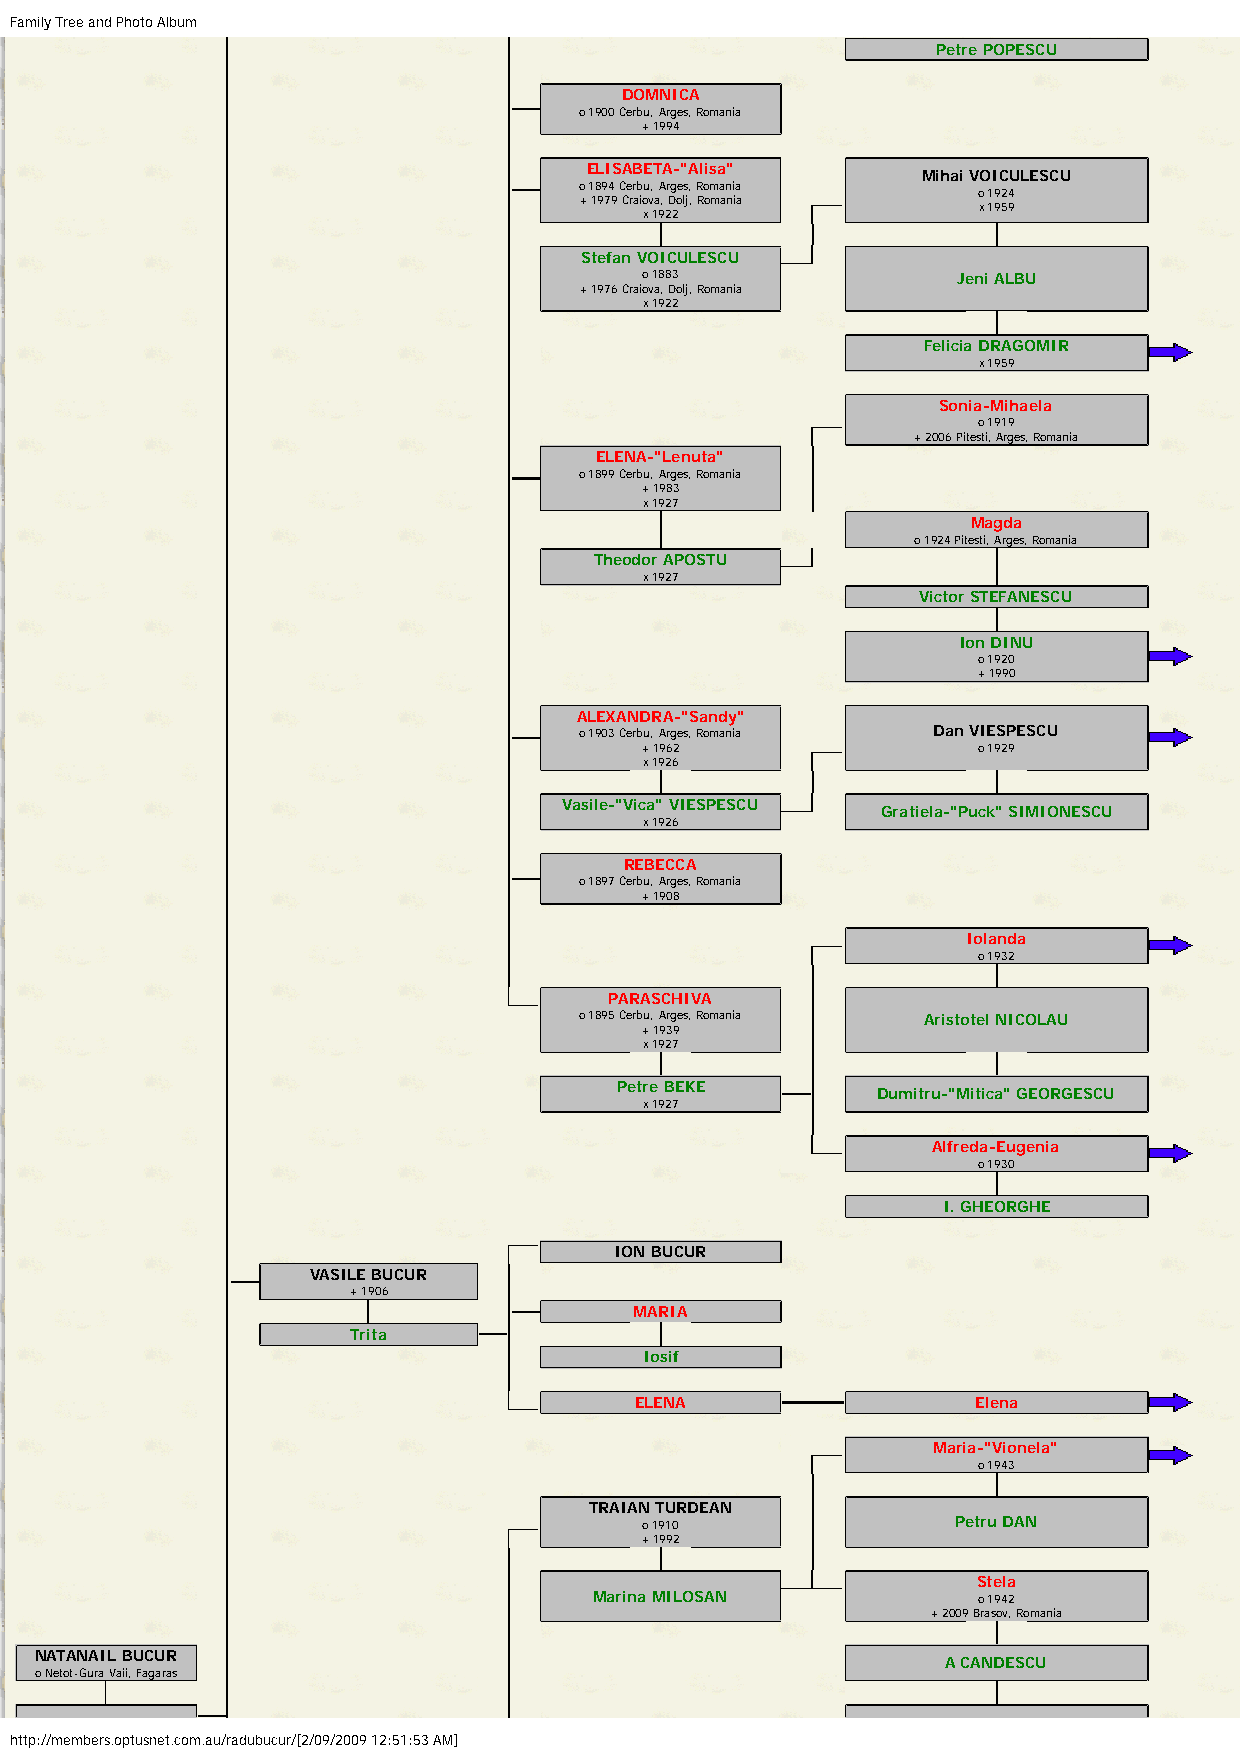
Family Tree and Photo Album
 Petre POPESCU
 DOMNICA
 o 1900 Cerbu, Arges, Romania
 + 1994
 ELISABETA-"Alisa"
 Mihai VOICULESCU
 o 1894 Cerbu, Arges, Romania
 o 1924
 + 1979 Craiova, Dolj, Romania
 x 1959
 x 1922
 Stefan VOICULESCU
 o 1883               Jeni ALBU
 + 1976 Craiova, Dolj, Romania
 x 1922
 Felicia DRAGOMIR
 x 1959
 Sonia-Mihaela
 o 1919
 + 2006 Pitesti, Arges, Romania
 ELENA-"Lenuta"
 o 1899 Cerbu, Arges, Romania
 + 1983
 x 1927
 Magda
 o 1924 Pitesti, Arges, Romania
 Theodor APOSTU
 x 1927
 Victor STEFANESCU
 Ion DINU
 o 1920
 + 1990
 ALEXANDRA-"Sandy"
 o 1903 Cerbu, Arges, Romania Dan VIESPESCU
 + 1962                 o 1929
 x 1926
 Vasile-"Vica" VIESPESCU
 Gratiela-"Puck" SIMIONESCU
 x 1926
 REBECCA
 o 1897 Cerbu, Arges, Romania
 + 1908
 Iolanda
 o 1932
 PARASCHIVA
 o 1895 Cerbu, Arges, Romania Aristotel NICOLAU
 + 1939
 x 1927
 Petre BEKE
 Dumitru-"Mitica" GEORGESCU
 x 1927
 Alfreda-Eugenia
 o 1930
 I. GHEORGHE
 ION BUCUR
 VASILE BUCUR
 + 1906
 MARIA
 Trita
 Iosif
 ELENA                  Elena
 Maria-"Vionela"
 o 1943
 TRAIAN TURDEAN
 o 1910               Petru DAN
 + 1992
 Stela
 Marina MILOSAN            o 1942
 + 2009 Brasov, Romania
 NATANAIL BUCUR
 A CANDESCU
 o Netot-Gura Vaii, Fagaras
 http://members.optusnet.com.au/radubucur/[2/09/2009 12:51:53 AM]